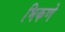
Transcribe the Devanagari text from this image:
भिकणे